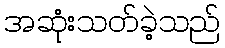
အဆုံးသတ်ခဲ့သည်